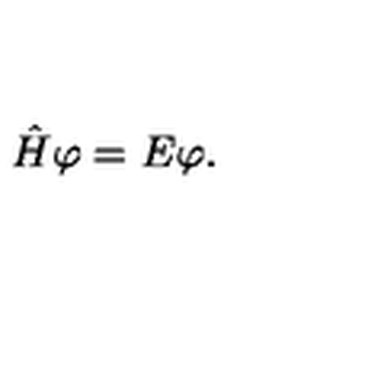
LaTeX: \hat { H } \varphi = E \varphi .